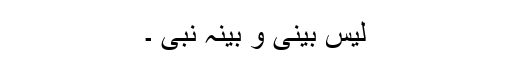
لیس بینی و بینہ نبی ۔